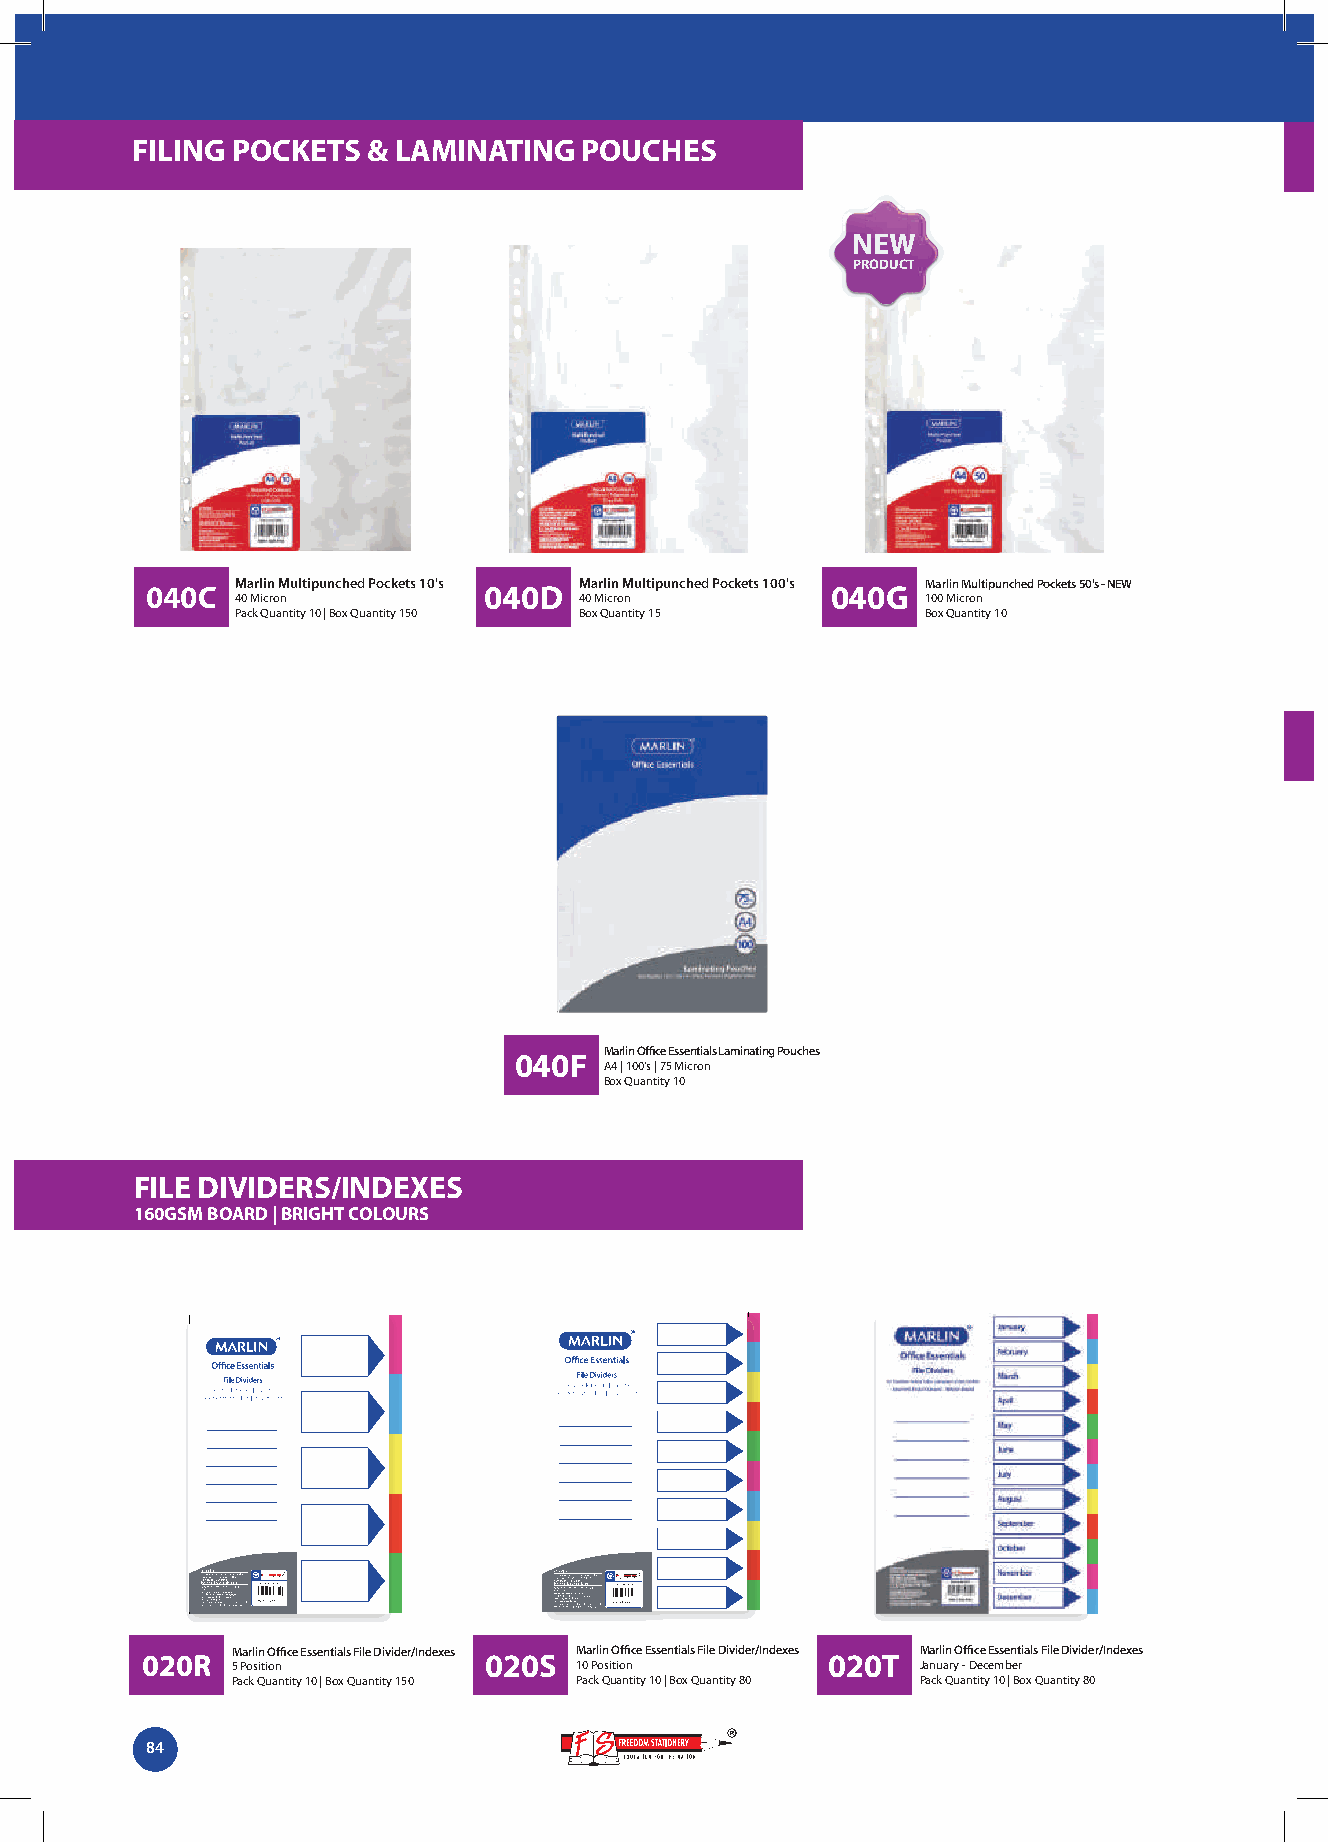
FILING POCKETS & LAMINATING  POUCHES
 NEW
 PRODUCT
 040C  Marlin Multipunched Pockets 10's 040D Marlin Multipunched Pockets 100's 040G Marlin Multipunched Pockets 50's - NEW
 40 Micron             40 Micron              100 Micron
 Pack Quantity 10 | Box Quantity 150 Box Quantity 15 Box Quantity 10
 040F  Marlin Office Essentials Laminating Pouches
 A4 | 100's | 75 Micron
 Box Quantity 10
 FILE DIVIDERS/INDEXES
 160GSM BOARD | BRIGHT COLOURS
 Marlin Office Essentials File Divider/Indexes Marlin Office Essentials File Divider/Indexes Marlin Office Essentials File Divider/Indexes
 020R                   020S                   020T
 5 Position             10 Position            January - December
 Pack Quantity 10 | Box Quantity 150 Pack Quantity 10 | Box Quantity 80 Pack Quantity 10 | Box Quantity 80
 84